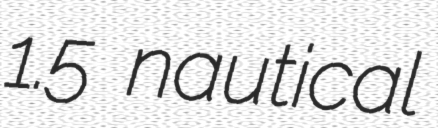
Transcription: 1.5 nautical